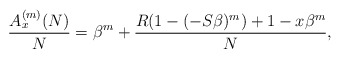
\begin{align*} \frac{A_x^{(m)}(N)}N =\beta^m+\frac{R(1-(-S\beta)^m)+1-x\beta^m}N,\end{align*}